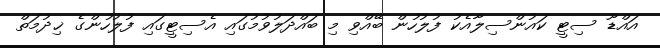
އައްޑޫ ސިޓީ ކައުންސިލާއެކު ފުލުހުން ބޭއްވި މި ބައްދަލުވުމުގައި އެސިޓީގައި ފުލުހުންގެ ޚިދުމަތް